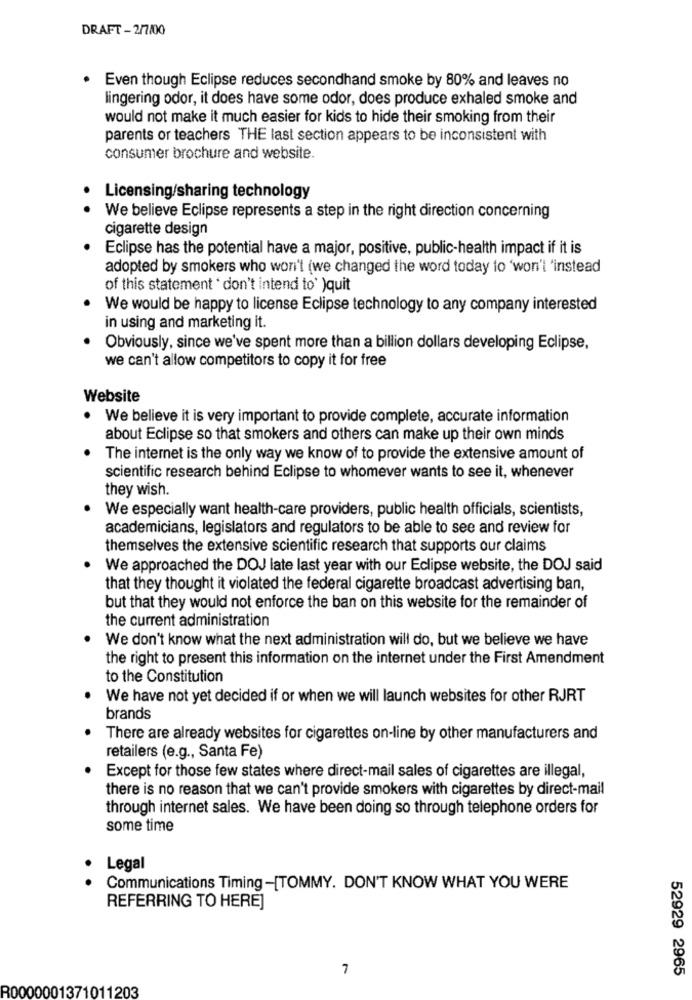
DRAFT - 2/7/00
. Even though Eclipse reduces secondhand smoke by 80% and leaves no
lingering odor, it does have some odor, does produce exhaled smoke and
would not make it much easier for kids to hide their smoking from their
parents or teachers THE last section appears to be inconsistent with
consumer brochure and website.
Licensing/sharing technology
We believe Eclipse represents a step in the right direction concerning
cigarette design
Eclipse has the potential have a major, positive, public-health impact if it is
adopted by smokers who won't (we changed the word today to 'won'l 'instead
of this statement ' don't intend to' )quit
We would be happy to license Eclipse technology to any company interested
in using and marketing it.
Obviously, since we've spent more than a billion dollars developing Eclipse,
we can't allow competitors to copy it for free
Website
We believe it is very important to provide complete, accurate information
about Eclipse so that smokers and others can make up their own minds
The internet is the only way we know of to provide the extensive amount of
scientific research behind Eclipse to whomever wants to see it, whenever
they wish.
We especially want health-care providers, public health officials, scientists,
academicians, legislators and regulators to be able to see and review for
themselves the extensive scientific research that supports our claims
We approached the DOJ late last year with our Eclipse website, the DOJ said
that they thought it violated the federal cigarette broadcast advertising ban,
but that they would not enforce the ban on this website for the remainder of
the current administration
We don't know what the next administration will do, but we believe we have
the right to present this information on the internet under the First Amendment
to the Constitution
We have not yet decided if or when we will launch websites for other RJRT
brands
There are already websites for cigarettes on-line by other manufacturers and
retailers (e.g ., Santa Fe)
Except for those few states where direct-mail sales of cigarettes are illegal,
there is no reason that we can't provide smokers with cigarettes by direct-mail
through internet sales. We have been doing so through telephone orders for
some time
Legal
Communications Timing-[TOMMY. DON'T KNOW WHAT YOU WERE
REFERRING TO HERE]
7
52929 2965
R0000001371011203